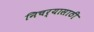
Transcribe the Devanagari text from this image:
निचर्‍यासाठी